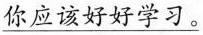
\underline{你应该好好学习。}